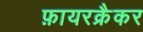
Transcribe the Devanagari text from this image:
फ़ायरक्रैकर